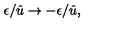
\epsilon / \hat { u } \rightarrow - \epsilon / \hat { u } ,